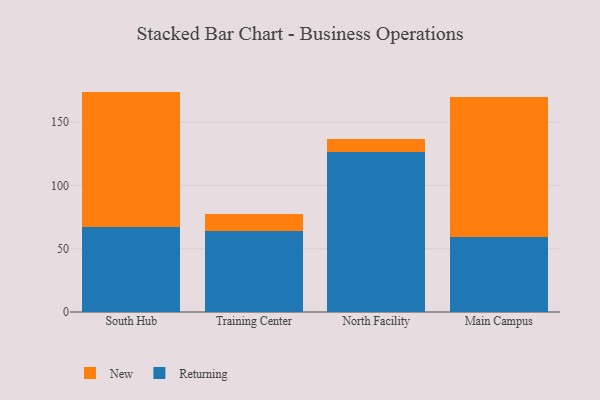
{"axis": {"x": "Campus", "y": "Customer Acquisition Cost (USD)"}, "legend": ["New", "Returning"], "data": [{"x": "South Hub", "y": 66.8, "type": "Returning"}, {"x": "South Hub", "y": 107.3, "type": "New"}, {"x": "Training Center", "y": 64.2, "type": "Returning"}, {"x": "Training Center", "y": 13.5, "type": "New"}, {"x": "North Facility", "y": 126.4, "type": "Returning"}, {"x": "North Facility", "y": 10.1, "type": "New"}, {"x": "Main Campus", "y": 59.2, "type": "Returning"}, {"x": "Main Campus", "y": 110.8, "type": "New"}]}